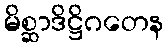
မိစ္ဆာဒိဋ္ဌိဂတေန